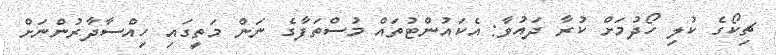
ޗިކޯގެ ކުލި ހޯދުމަށް ކުރާ ދައުވާ: އެކައުންޓުތައް މުސްތަފާގެ ނަން މަތީގައި ހިއްސާދާރުންނަށް